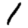
Digit: 1